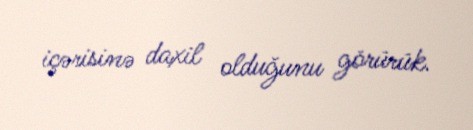
içərisinə daxil olduğunu görürük.